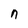
Character: n